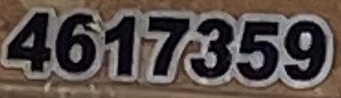
4617359